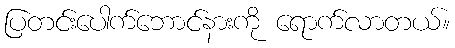
ပြတင်းပေါက်ဘောင်နားကို ရောက်လာတယ်။